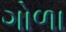
ગોળા